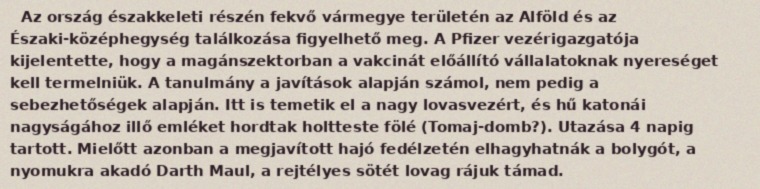
Az ország északkeleti részén fekvő vármegye területén az Alföld és az Északi-középhegység találkozása figyelhető meg. A Pfizer vezérigazgatója kijelentette, hogy a magánszektorban a vakcinát előállító vállalatoknak nyereséget kell termelniük. A tanulmány a javítások alapján számol, nem pedig a sebezhetőségek alapján. Itt is temetik el a nagy lovasvezért, és hű katonái nagyságához illő emléket hordtak holtteste fölé (Tomaj-domb?). Utazása 4 napig tartott. Mielőtt azonban a megjavított hajó fedélzetén elhagyhatnák a bolygót, a nyomukra akadó Darth Maul, a rejtélyes sötét lovag rájuk támad.